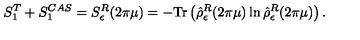
S _ { 1 } ^ { T } + S _ { 1 } ^ { C A S } = S _ { \epsilon } ^ { R } ( 2 \pi \mu ) = - \mathrm { T r } \left( \hat { \rho } _ { \epsilon } ^ { R } ( 2 \pi \mu ) \ln \hat { \rho } _ { \epsilon } ^ { R } ( 2 \pi \mu ) \right) .